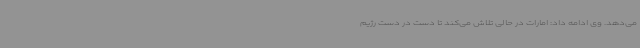
می‌دهد. وی ادامه داد: امارات در حالی تلاش می‌کند تا دست در دست رژیم